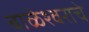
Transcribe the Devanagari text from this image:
बाळेश्वराचे